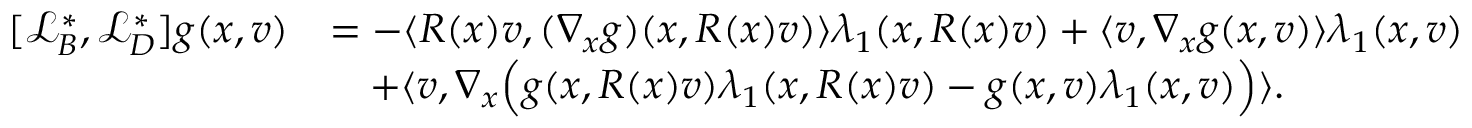
\begin{array} { r l } { [ \mathcal { L } _ { B } ^ { * } , \mathcal { L } _ { D } ^ { * } ] g ( x , v ) } & { = - \langle R ( x ) v , ( \nabla _ { x } g ) ( x , R ( x ) v ) \rangle \lambda _ { 1 } ( x , R ( x ) v ) + \langle v , \nabla _ { x } g ( x , v ) \rangle \lambda _ { 1 } ( x , v ) } \\ & { \quad + \langle v , \nabla _ { x } \Big ( g ( x , R ( x ) v ) \lambda _ { 1 } ( x , R ( x ) v ) - g ( x , v ) \lambda _ { 1 } ( x , v ) \Big ) \rangle . } \end{array}